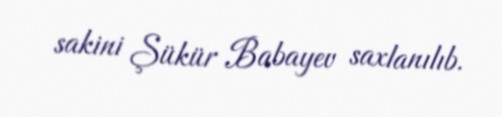
sakini Şükür Babayev saxlanılıb.